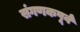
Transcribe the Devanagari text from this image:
संगणकपूर्व